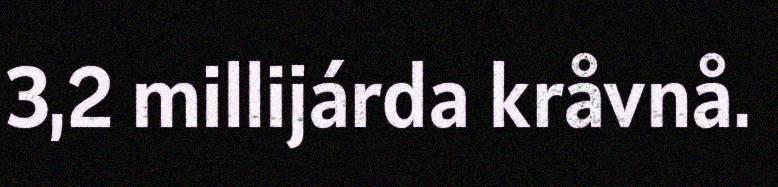
3,2 millijárda kråvnå.